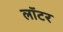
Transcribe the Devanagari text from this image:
लॉटर